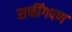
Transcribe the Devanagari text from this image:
सर्फींगपण